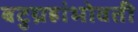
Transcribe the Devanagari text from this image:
बटुग्रहांभोवती